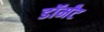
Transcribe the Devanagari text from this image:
डॉर्मंट